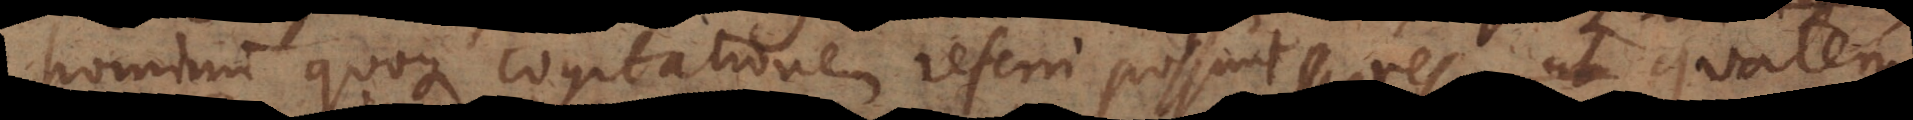
hominum quoque cogitationem referri possunt res, ut quatenus